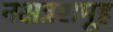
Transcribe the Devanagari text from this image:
नक्षत्रसमूह